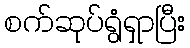
စက်ဆုပ်ရွံရှာပြီး